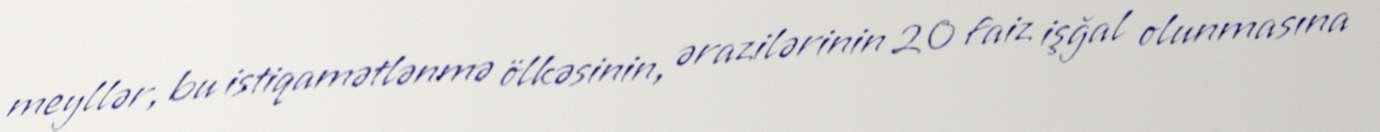
meyllər, bu istiqamətlənmə ölkəsinin, ərazilərinin 20 faiz işğal olunmasına